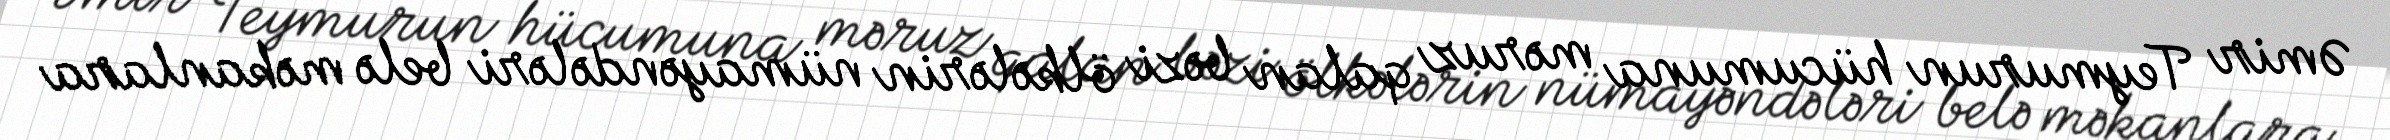
Əmir Teymurun hücumuna məruz qalan bəzi ölkələrin nümayəndələri belə məkanlara